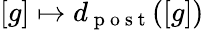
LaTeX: [g]\mapsto d_{\mathrm{~p~o~s~t~}}([g])